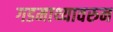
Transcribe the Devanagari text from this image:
गडमाथ्यावरुन